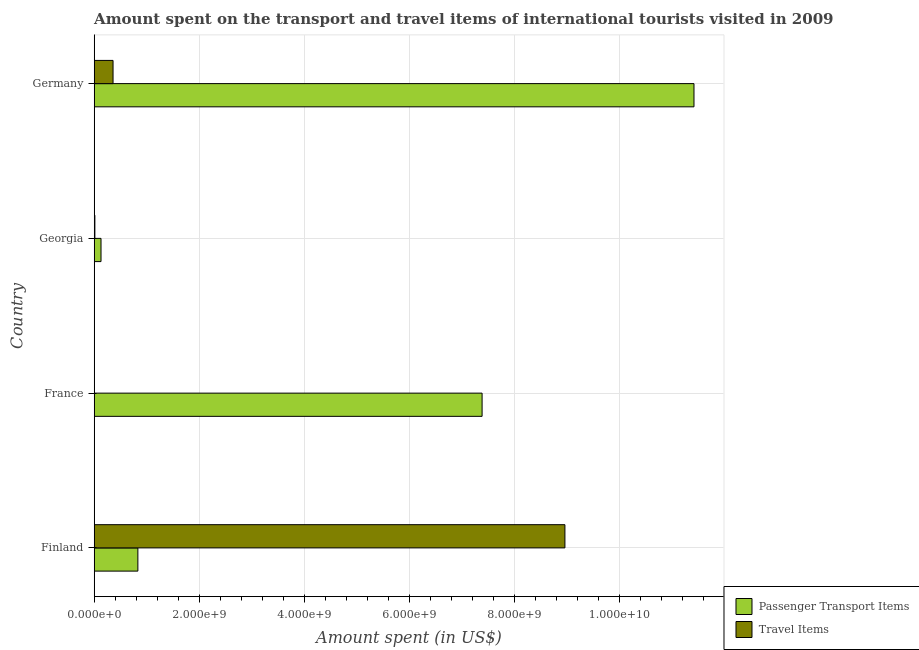
| Country | Passenger Transport Items | Travel Items |
 | --- | --- | --- |
 | Finland | 8.32e+08 | 8.97e+09 |
 | France | 7.39e+09 | 5.8e+06 |
 | Georgia | 1.3e+08 | 1.3e+07 |
 | Germany | 1.14e+10 | 3.59e+08 |